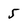
Character: 5